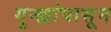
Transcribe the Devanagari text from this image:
गुन्ह्यांपासून